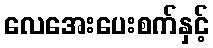
လေအေးပေးစက်နှင့်